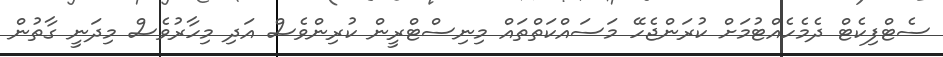
ސެޓްފިކެޓް ދެމެހެއްޓުމަށް ކުރަންޖެހޭ މަސައްކަތްތައް މިނިސްޓްރީން ކުރިންވެސް އަދި މިހާރުވެސް މިދަނީ ގާތުން